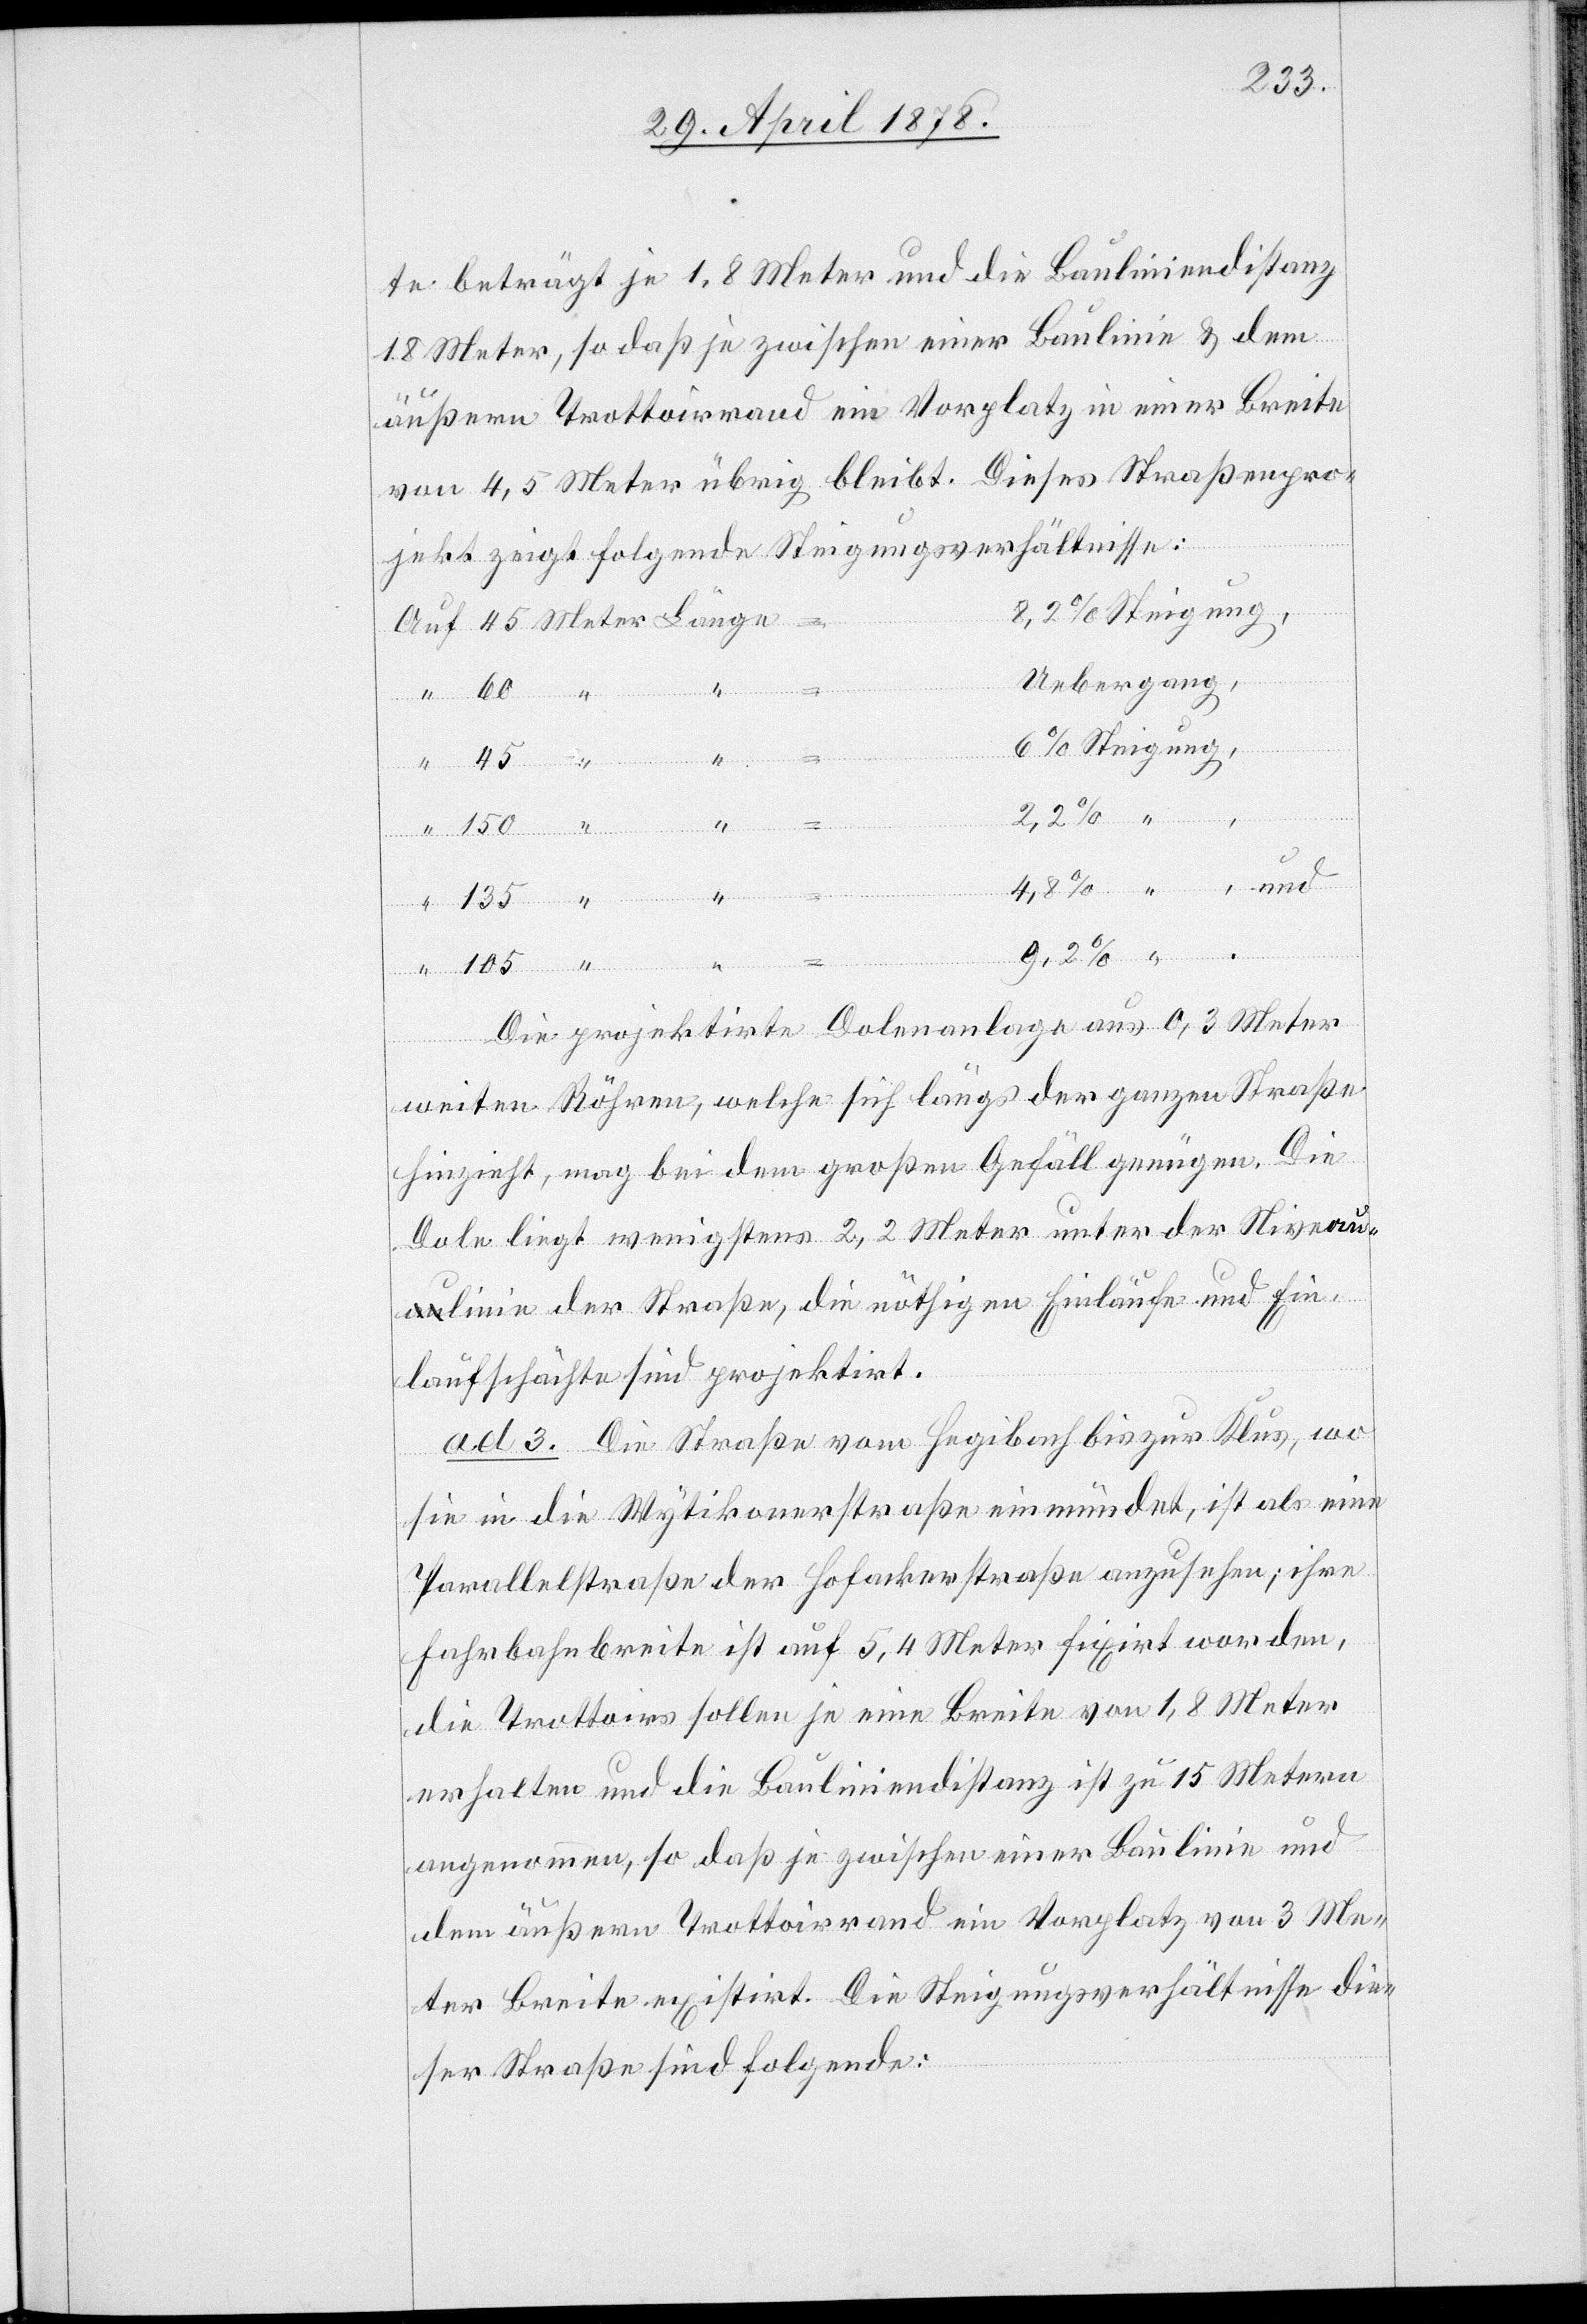
te beträgt je 1.8 Meter und die Bauliniendistanz
18 Meter, so daß je zwischen einer Baulinie & dem
äußern Trottoirrand ein Vorplatz in einer Breite
von 4,5 Meter übrig bleibt. Dieses Straßenpro¬
jekt zeigt folgende Steigungverhältnisse:
Uebergang,
105
Steigung,
“ und
Die projektirte Dolenanlage aus 0,3 Meter
weiten Röhren, welche sich längs der ganzen Straße
hinzieht, mag bei dem großen Gefäll genügen. Die
Dole liegt wenigstens 2,2 Meter unter der Niveau¬
linie der Straße, die nöthigen Einläufe und Ein¬
laufschächte sind projektirt.
ad 3. Die Straße vom Hegibach bis zur Klus, wo
sie in die Wytikonerstraße einmündet, ist als eine
Parallelstraße der Hofackerstraße anzusehen; ihre
Fahrbahnbreite ist auf 5,4 Meter fixirt worden,
die Trottoirs sollen je eine Breite von 1,8 Meter
erhalten und die Bauliniendistanz ist zu 15 Metern
angenommen, so daß je zwischen einer Baulinie und
dem äußern Trottoirrand ein Vorplatz von 3 Me¬
ter Breite existirt. Die Steigungsverhältnisse die¬
ser Straße sind folgende: